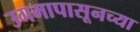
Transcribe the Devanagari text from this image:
उगमापासूनच्या